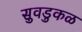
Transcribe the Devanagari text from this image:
सुवडुकळ